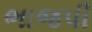
ભાજપી